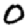
Digit: 0